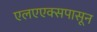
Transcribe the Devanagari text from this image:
एलएएक्सपासून